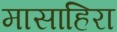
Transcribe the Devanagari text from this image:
मासाहिरा